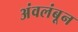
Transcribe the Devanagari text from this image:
अंवलंबून